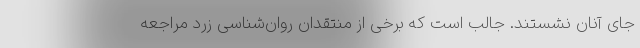
جای آنان نشستند. جالب است که برخی از منتقدان روان‌شناسی زرد مراجعه